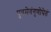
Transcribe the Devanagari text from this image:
पुत्रमेवंगुणोपेतं